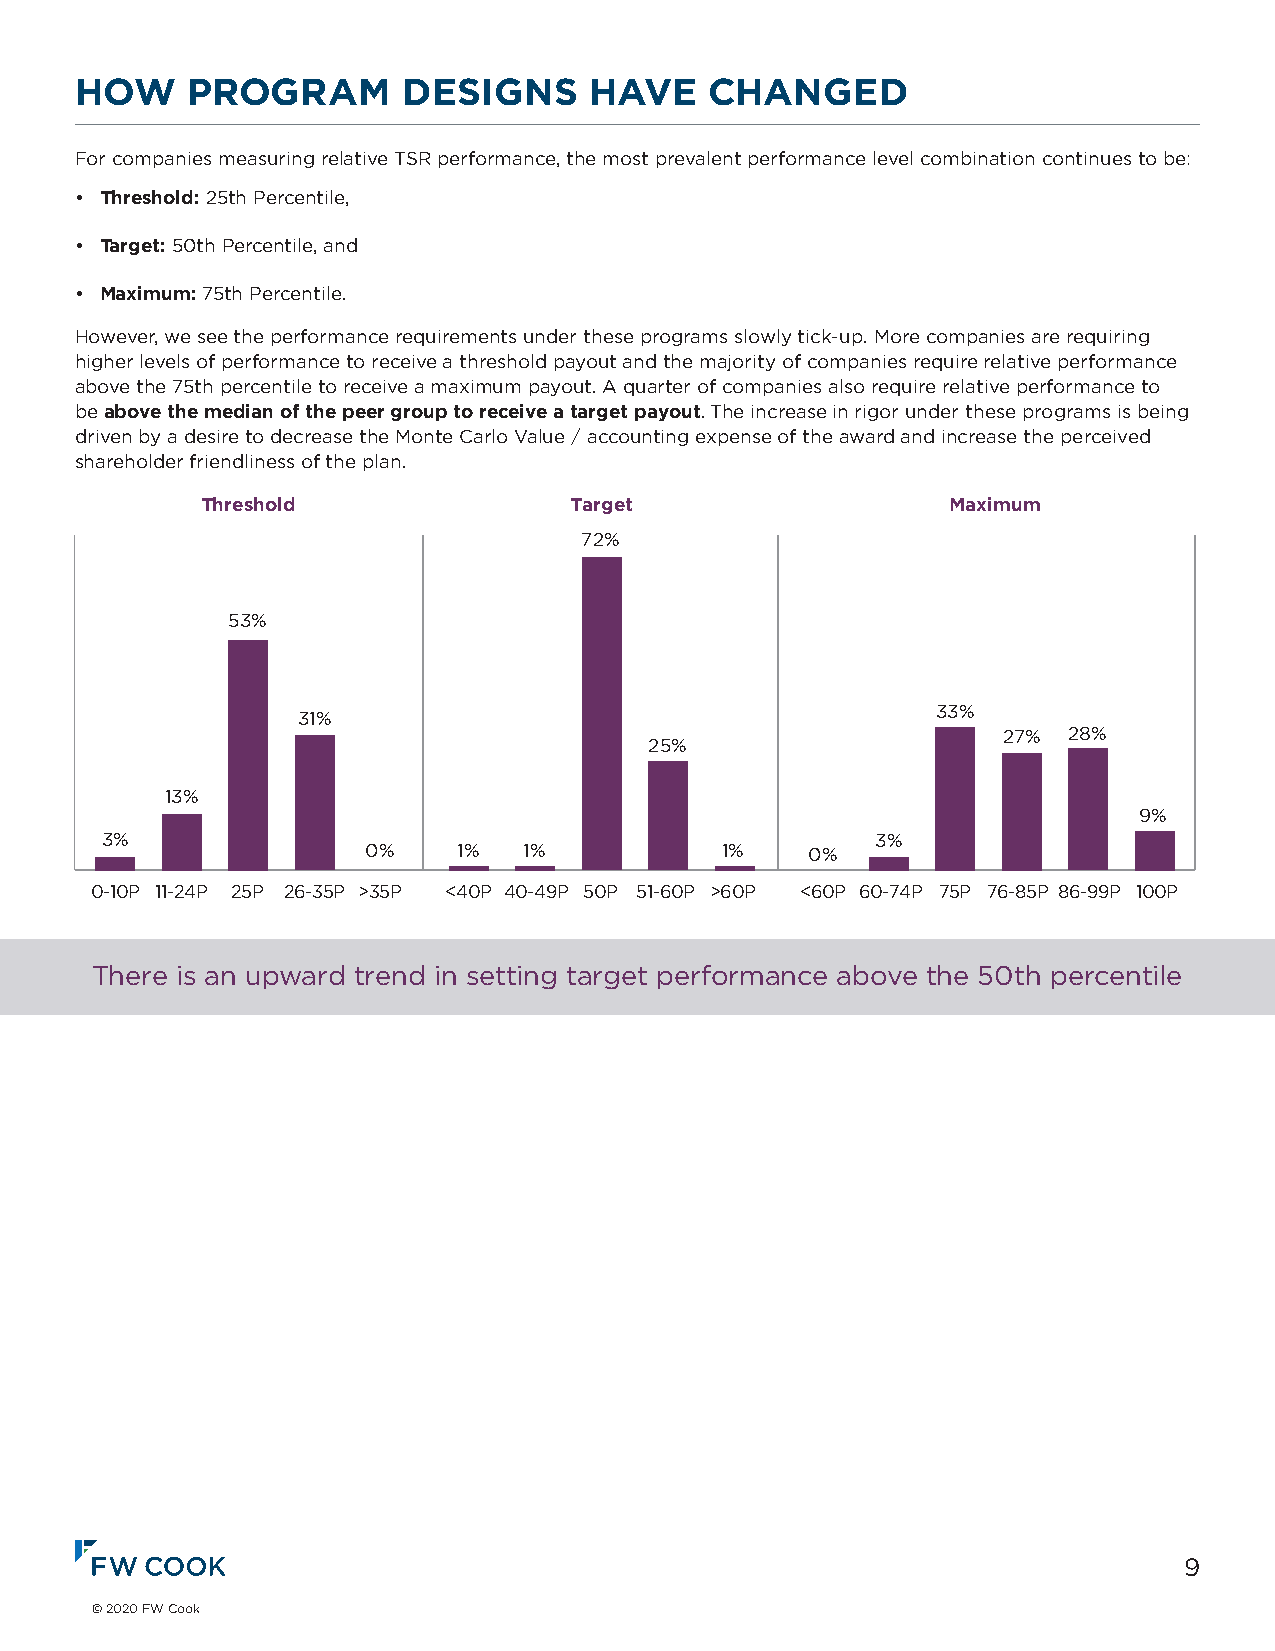
HOW    PROGRAM        DESIGNS     HAVE    CHANGED
 For companies measuring relative TSR performance, the most prevalent performance level combination continues to be:
 • Threshold: 25th Percentile,
 • Target: 50th Percentile, and
 • Maximum: 75th Percentile.
 However, we see the performance requirements under these programs slowly tick-up. More companies are requiring
 higher levels of performance to receive a threshold payout and the majority of companies require relative performance
 above the 75th percentile to receive a maximum payout. A quarter of companies also require relative performance to
 be above the median of the peer group to receive a target payout. The increase in rigor under these programs is being
 driven by a desire to decrease the Monte Carlo Value / accounting expense of the award and increase the perceived
 shareholder friendliness of the plan.
 Threshold                Target                   Maximum
 72%
 53%
 33%
 31%
 27%  28%
 25%
 13%
 9%
 3%                                                 3%
 0%    1%   1%           1%    0%
 0-10P 11-24P 25P 26-35P >35P <40P 40-49P 50P 51-60P >60P <60P 60-74P 75P 76-85P 86-99P 100P
 There is an upward trend in setting target performance above the 50th percentile
 Cash Flow                         94%                          6%    9
 © 2020 FW Cook
 Revenue                       85%                          15%
 Capital Efficiency                76%                     12%
 Profit                       90%                          8%
 TSR 3%                         92%
 Absolute      Relative      Both